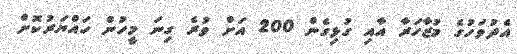
އެދުވަހުގެ މުޒާހަރާ އާއި ގުޅިގެން 200 އަށް ވުރެ ގިނަ މީހުން ހައްޔަރުކޮށް